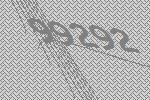
99292